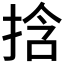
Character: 𫼹